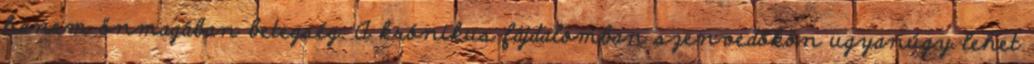
hanem önmagában betegség. A krónikus fájdalomban szenvedőkön ugyanúgy lehet